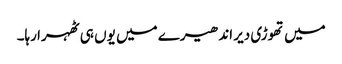
میں تھوڑی دیر اندھیرے میں یوں ہی ٹھہرا رہا۔